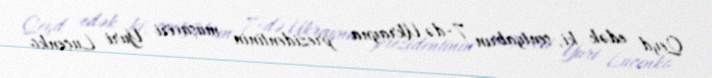
Qeyd edək ki, sentyabrın 7-də Ukrayna prezidentinin müşaviri Yuri Luçenko